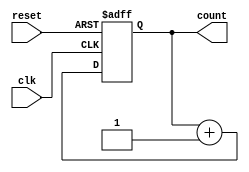
module async_reset_sync_counter #(
    parameter N = 4  // Default width of the counter is 4 bits
) (
    input wire clk,          // Clock signal
    input wire reset,        // Asynchronous reset signal
    output reg [N-1:0] count // N-bit counter output
);

    // Always block sensitive to the clock and the asynchronous reset
    always @(posedge clk or posedge reset) begin
        if (reset) begin
            count <= {N{1'b0}}; // Reset count to 0
        end else begin
            count <= count + 1'b1; // Increment the count
        end
    end

endmodule